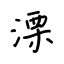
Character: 溧